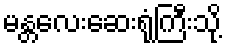
မန္တလေးဆေးရုံကြီးသို့